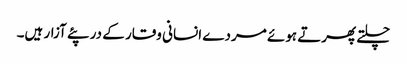
چلتے پھرتے ہوئے مردے انسانی وقار کے در پئے آزار ہیں۔